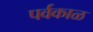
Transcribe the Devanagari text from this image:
पर्वकाळ